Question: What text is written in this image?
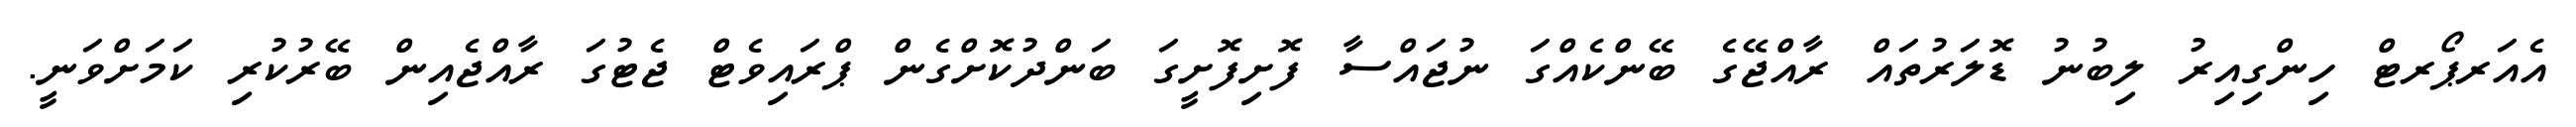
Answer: އެއަރޕޯރޓް ހިންގިއިރު ލިބުނު ޑޮލަރުތައް ރާއްޖޭގެ ބޭންކެއްގަ ނުޖައްސާ ފޮށިފޮށީގަ ބަންދުކޮށްގެން ޕްރައިވެޓް ޖެޓުގަ ރާއްޖެއިން ބޭރުކުރި ކަމަށްވަނީ.